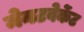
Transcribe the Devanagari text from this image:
मेनटवेर्केट